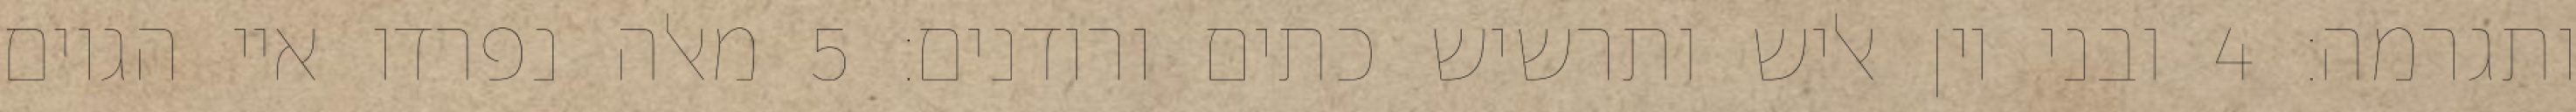
ותגרמה׃ ‎4‏ ובני יון אליש ותרשיש כתים ורודנים׃ ‎5‏ מאלה נפרדו איי הגוים